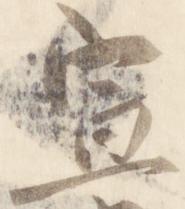
宣